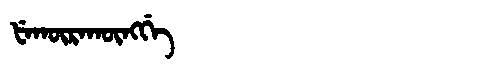
Manchu: ᡶᡝᡴᡡᡵᠠᡴᡡᠩᡤᡝ
Romanization: FEKŪRAKŪNGGE